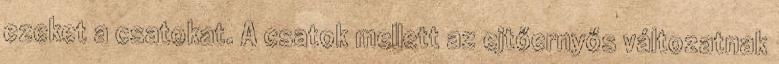
ezeket a csatokat. A csatok mellett az ejtőernyős változatnak